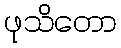
ဖုသိတော